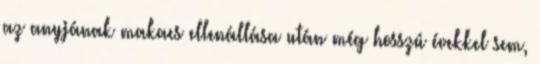
az anyjának makacs ellenállása után még hosszú évekkel sem,